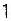
1